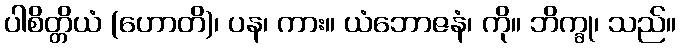
ပါစိတ္တိယံ (ဟောတိ)၊ ပန၊ ကား။ ယံဘောဇနံ၊ ကို။ ဘိက္ခု၊ သည်။